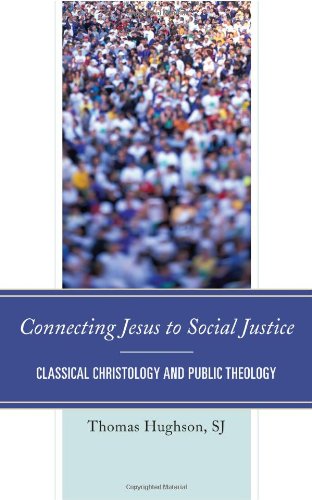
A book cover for Connecting Jesus to Social Justice: Classical Christology and Public Theology; Thomas, S.J. Hughson; Christian Books & Bibles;